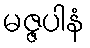
မဇ္ဇပါနံ